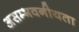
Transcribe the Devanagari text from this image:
असम्भवनीयता